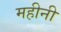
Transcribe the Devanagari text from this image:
महीनी